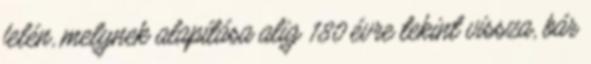
felén, melynek alapítása alig 180 évre tekint vissza, bár